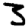
Digit: 3